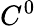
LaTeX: C^{0}